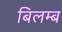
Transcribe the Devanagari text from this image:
बिलम्‍ब